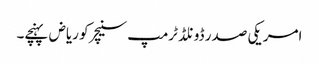
امریکی صدر ڈونلڈ ٹرمپ سنیچر کو ریاض پہنچے۔